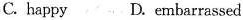
C.happy D.embarrassed